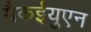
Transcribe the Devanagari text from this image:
मैकईयुएन